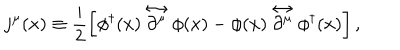
LaTeX: j ^ { \mu } ( x ) \equiv \frac { i } { 2 } \left[ \phi ^ { \dagger } ( x ) \stackrel { \leftrightarrow } { \partial ^ { \mu } } \phi ( x ) - \phi ( x ) \stackrel { \leftrightarrow } { \partial ^ { \mu } } \phi ^ { \dagger } ( x ) \right] ,